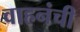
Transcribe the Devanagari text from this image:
वाहनंची